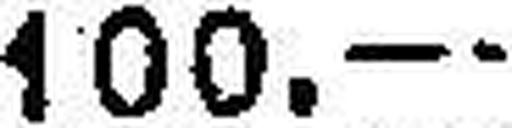
100.—